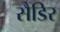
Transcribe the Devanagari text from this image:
सैडिर